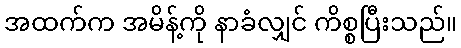
အထက်က အမိန့်ကို နာခံလျှင် ကိစ္စပြီးသည်။